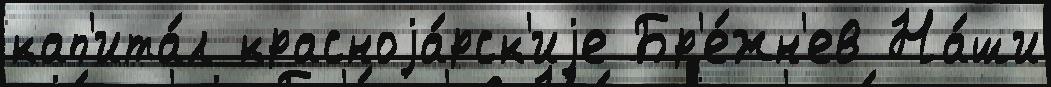
кап'ита́л красноjа́рск'иjе Бр'е́жн'ев На́ши